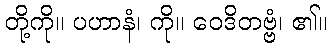
တို့ကို။ ပဟာနံ၊ ကို။ ဝေဒိတဗ္ဗံ၊ ၏။